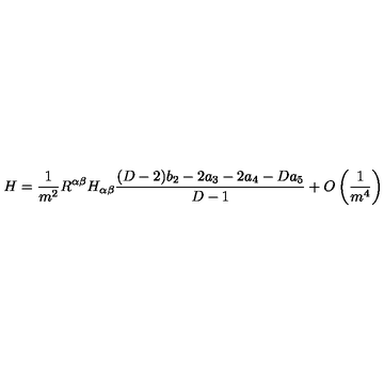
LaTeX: H = \frac { 1 } { m ^ { 2 } } R ^ { \alpha \beta } H _ { \alpha \beta } \frac { ( D - 2 ) b _ { 2 } - 2 a _ { 3 } - 2 a _ { 4 } - D a _ { 5 } } { D - 1 } + O \left( \frac { 1 } { m ^ { 4 } } \right)